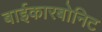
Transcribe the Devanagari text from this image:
बाईकारबोनिट